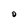
Character: O